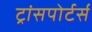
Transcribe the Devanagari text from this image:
ट्रांसपोर्टर्स